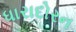
ધારાદોરન